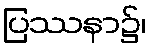
ပြဿနာ၌၊